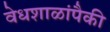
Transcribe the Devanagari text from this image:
वेधशाळांपैकी